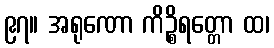
၉၇။ အရုဏော ကိဉ္စိရတ္တော ထ၊